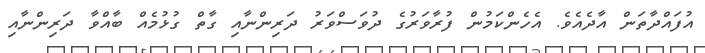
އުފައްދާތަން އާދެއެވެ. އެހެންކަމުން ފުރާވަރުގެ ދުވަސްވަރު ދަރިންނާއި ގާތް ގުޅުމެއް ބާއްވާ ދަރިންނާއި